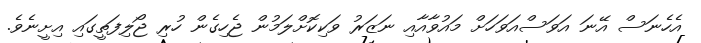
އެހެނަސް އޭނަ އަވަސްއަވަހަށް މައުވާއާއި ނަޒަރު ވަކިކޮށްލަމުން ޖެހިގެން ހުރި ޖޯލިފަތީގައި އިށީނެވެ.